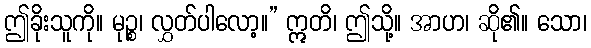
ဤခိုးသူကို။ မုဉ္စ၊ လွှတ်ပါလော့။” ဣတိ၊ ဤသို့။ အာဟ၊ ဆို၏။ သော၊